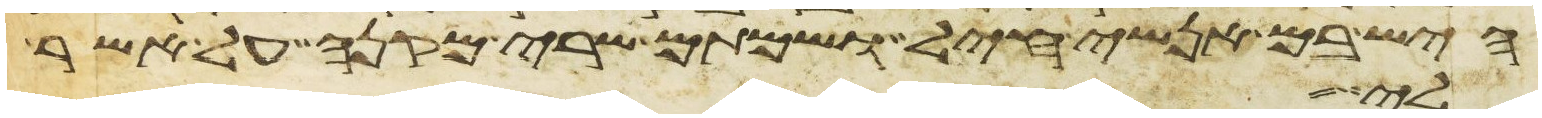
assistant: היש בם אנשי חיל ושמתם שרי מקנה על אשר